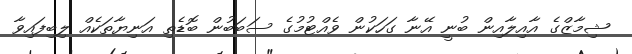
ޝިމާޒްގެ އާއިލާއިން ބުނީ އޭނާ ގަހަކުން ވެއްޓުމުގެ ސަބަބުން ބޮޑެތި އަނިޔާތަކެއް ލިބިފައިވާ